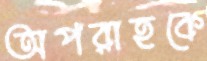
অপরাহকে